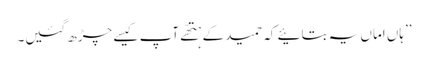
’’ہاں اماں یہ بتائیے کہ حمید کے ہتھّے آپ کیسے چڑھ گئیں۔